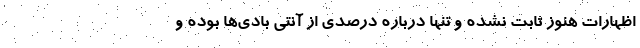
اظهارات هنوز ثابت نشده و تنها درباره درصدی از آنتی بادی‌ها بوده و